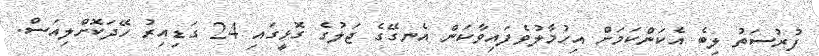
ފުރުސަތު ލިބެ އެކަންކަމަށް އިހުމާލުވެފައިވާކަން އެނގޭގެ ޖަލުގެ ގޮޅީގައި 24 ގަޑިއިރު ހޭދަކޮށްލިއަސް.